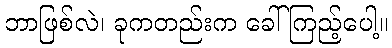
ဘာဖြစ်လဲ၊ ခုကတည်းက ခေါ်ကြည့်ပေါ့။